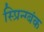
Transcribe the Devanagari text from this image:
स्प्रिन्ग्बंक